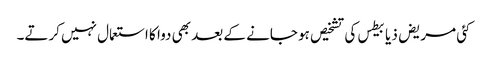
کئی مریض ذیابیطس کی تشخیص ہو جانے کے بعد بھی دوا کا استعمال نہیں‌ کرتے۔